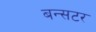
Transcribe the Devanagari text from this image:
बन्सटर